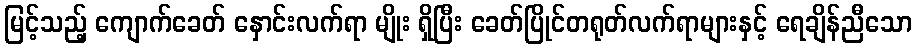
မြင့်သည့် ကျောက်ခေတ် နှောင်းလက်ရာ မျိုး ရှိပြီး ခေတ်ပြိုင်တရုတ်လက်ရာများနှင့် ရေချိန်ညီသော